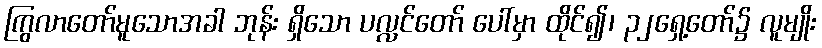
ကြွလာတော်မူသောအခါ ဘုန်း ရှိသော ပလ္လင်တော် ပေါ်မှာ ထိုင်၍၊ ၃၂ရှေ့တော်၌ လူမျိုး